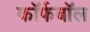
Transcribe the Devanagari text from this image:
कॉर्फबॉल